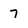
Character: 7